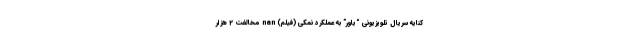
کنایه سریال تلویزیونی “یاور” به عملکرد نمکی (فیلم) nan مخالفت 2 هزار